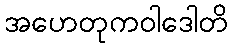
အဟေတုကဝါဒေါတိ